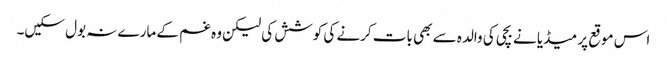
اس موقع پر میڈیا نے بچی کی والدہ سے بھی بات کرنے کی کوشش کی لیکن وہ غم کے مارے نہ بول سکیں۔